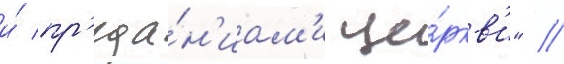
и́ пр'еда́н'иам'и це́ркв'и" //